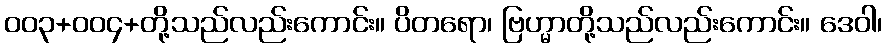
၀၀၃+၀၀၄+တို့သည်လည်းကောင်း။ ပိတရော၊ ဗြဟ္မာတို့သည်လည်းကောင်း။ ဒေဝါ၊